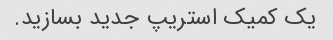
یک کمیک استریپ جدید بسازید.